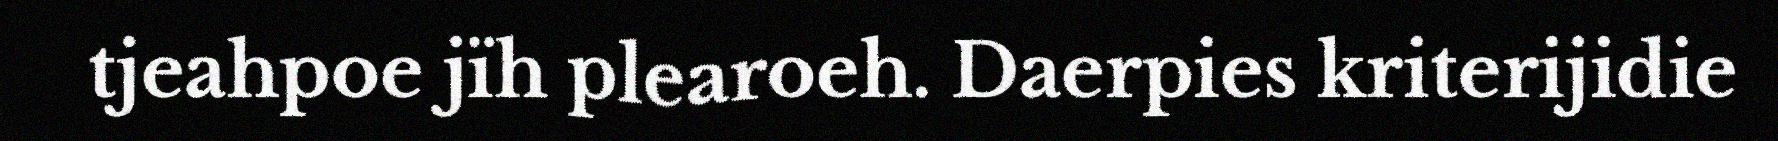
tjeahpoe jïh plearoeh. Daerpies kriterijidie